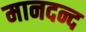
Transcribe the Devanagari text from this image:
मानदन्द